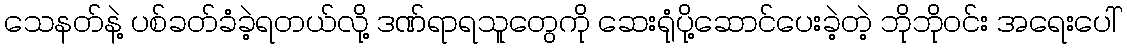
သေနတ်နဲ့ ပစ်ခတ်ခံခဲ့ရတယ်လို့ ဒဏ်ရာရသူတွေကို ဆေးရုံပို့ဆောင်ပေးခဲ့တဲ့ ဘိုဘိုဝင်း အရေးပေါ်